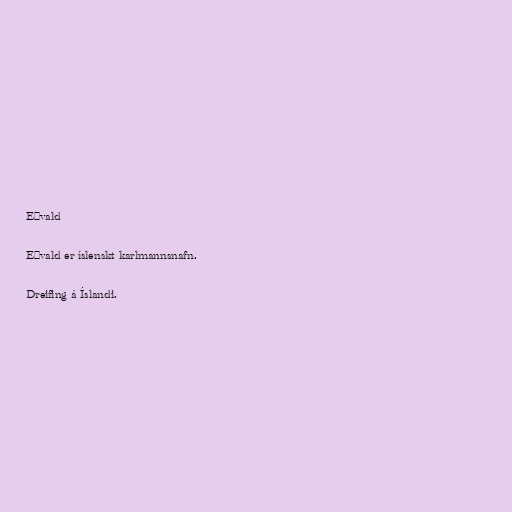
Eðvald

Eðvald er íslenskt karlmannsnafn.

Dreifing á Íslandi.